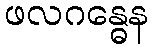
ဖလဂန္ဓေန